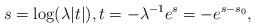
LaTeX: \begin{align*} s = \log(\lambda |t|), t= -\lambda^{-1}e^s = -e^{s-s_0},\end{align*}